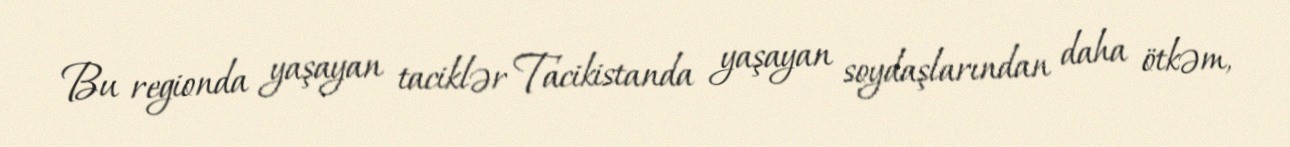
Bu regionda yaşayan taciklər Tacikistanda yaşayan soydaşlarından daha ötkəm,